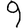
Digit: 9